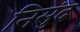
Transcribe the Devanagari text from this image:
निसुंद